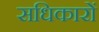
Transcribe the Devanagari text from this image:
सधिकारों